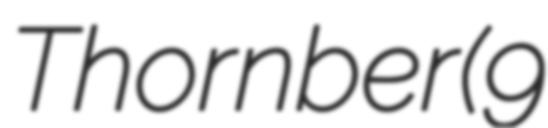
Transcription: Thornber (9